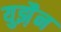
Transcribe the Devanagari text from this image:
युझ़ैन